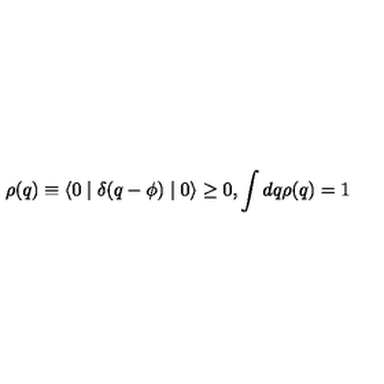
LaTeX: \rho ( q ) \equiv \langle 0 \mid \delta ( q - \phi ) \mid 0 \rangle \geq 0 , \int d q \rho ( q ) = 1